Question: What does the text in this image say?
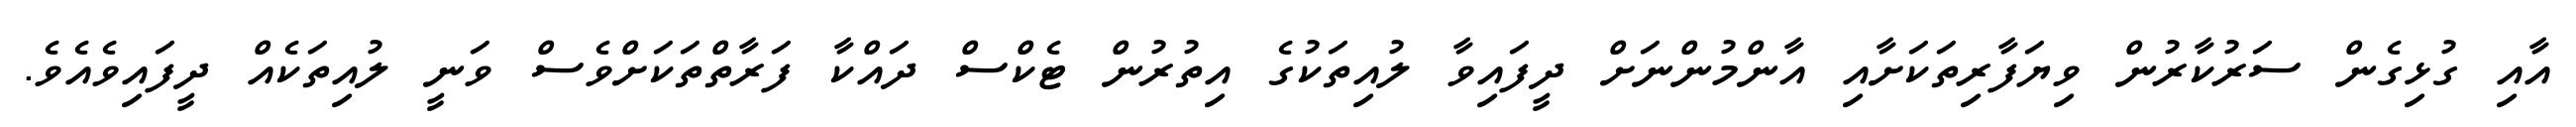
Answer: އާއި ގުޅިގެން ސަރުކާރުން ވިޔަފާރިތަކަށާއި އާންމުންނަށް ދީފައިވާ ލުއިތަކުގެ އިތުރުން ޓެކްސް ދައްކާ ފަރާތްތަކަށްވެސް ވަނީ ލުއިތަކެއް ދީފައިވެއެވެ.